Vaccine operations Central Provinces & Berar 1912-1920 - 1912-1920
Year: 1912
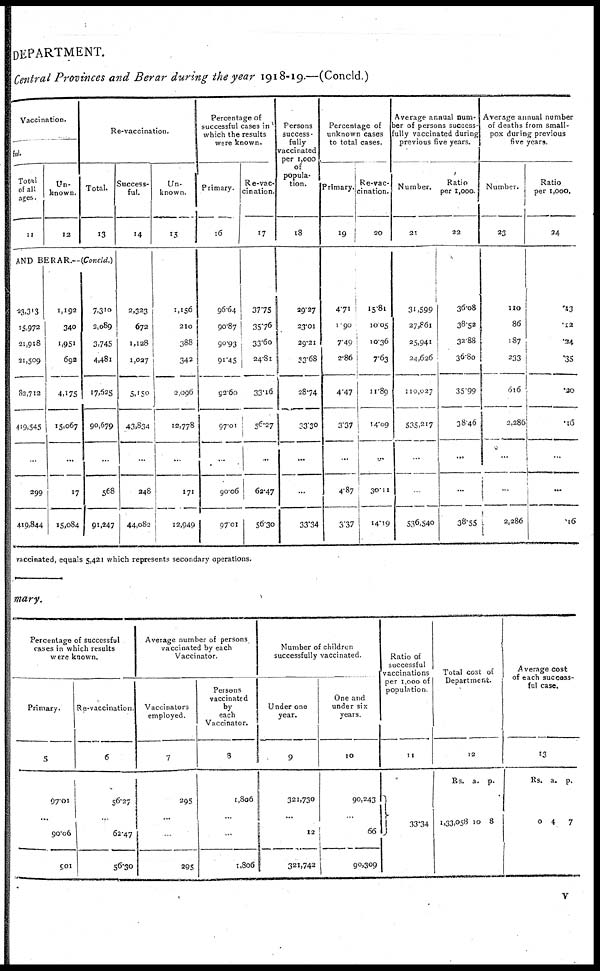
DEPARTMENT.
Central Provinces and Berar during the year 1918-19.—(Concld.)
Vaccination.
ful.
Total
of all
ages.
11
Un-
known.
12
Re-vaccination.
Total.
13
AND BERAR.—(Concld.)
23,313
15,972
21,918
21,509
82,712
419,545
...
299
419,844
1,192
340
1,951
692
4,175
15,067
...
17
15,084
7,310
2,089
3,745
4,481
17,525
90,679
...
568
91,247
Success-
ful.
14
2,323
672
1,128
1,027
5,150
43,834
...
248
44,082
Un-
known.
15
1,156
210
388
342
2,096
12,778
...
171
12,940
Percentage of
successful cases in
which the results
were known.
Primary.
16
96.64
90.87
90.93
91.45
92.60
97.01
...
90.06
97.01
Re-vac¬
cination.
17
37.75
35.76
33.60
24.81
33.16
56.27
...
62.47
56.30
Persons
success ¬
fully
vaccinated
per 1,000
of
popula-
tion.
18
29.27
23.01
29.21
33.68
28.74
33.30
...
...
33.34
Percentage of
unknown cases
to total cases.
Primary.
19
4.71
1.90
7.49
2.86
4.47
3.37
...
4.87
3.37
Re-vac-
cination.
20
15.81
10.05
10.36
7.63
11.89
14.09
...
30.11
14.19
Average annual num-
ber of persons success-
fully vaccinated during
previous five years.
Number.
21
31,599
27,861
25,941
24,626
110,027
535,217
...
...
536,540
Ratio
per 1,000.
22
36.08
38.52
32.88
36.80
35.99
38.46
...
...
38.55
Average annual number
of deaths from small-
pox during previous
five years.
Number.
23
110
86
187
233
616
2,286
...
...
2,286
Ratio
per 1,000.
24
.13
.12
.34
.35
.20
.16
...
...
.16
vaccinated, equals 5,421 which represents secondary operations.
mary.
Percentage of successful
cases in which results
were known.
Primary.
5
97.01
...
90.06
901
Re-vaccination.
6
56.27
...
62.47
56.30
Average number of persons
vaccinated by each
Vaccinator.
Vaccinators
employed.
7
295
...
...
295
Persons
vaccinated
by
each
Vaccinator.
8
1,806
...
...
t,8o6
Number of children
successfully vaccinated.
Under one
year.
9
321,730
...
12
321,742
One and
under six
years.
10
90,243
...
66
90,309
Ratio of
successful
vaccinations
per 1,000 of
population
11
33.34
Total cost of
Department.
12
Rs.
1,33,058
a.
10
p.
8
Average cost
of each success-
ful case.
13
Rs.
0
a.
4
p.
7
v